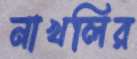
নাখলির